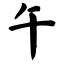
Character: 午